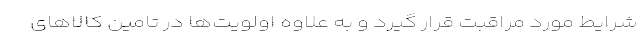
شرایط مورد مراقبت قرار گیرد و به علاوه اولویت‌ها در تامین کالاهای